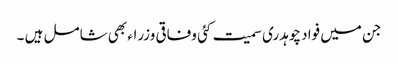
جن میں فواد چوہدری سمیت کئی وفاقی وزراء بھی شامل ہیں ۔